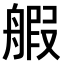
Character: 𫇝